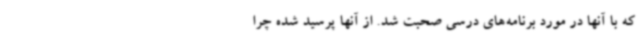
که با آنها در مورد برنامه‌های درسی صحبت شد. از آنها پرسید شده چرا